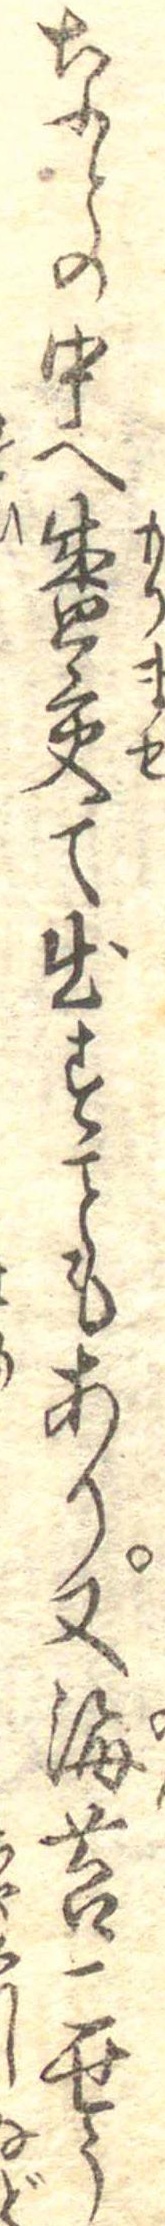
なとの中へ盛交て出すもあり又海苔こせう